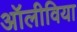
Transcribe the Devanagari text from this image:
अॉलीविया